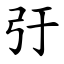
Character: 弙